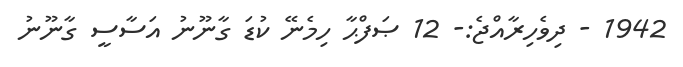
1942 - ދިވެހިރާއްޖެ:- 12 ޞަފްޙާ ހިމެނޭ ކުޑަ ގާނޫނު އަސާސީ ގާނޫނު